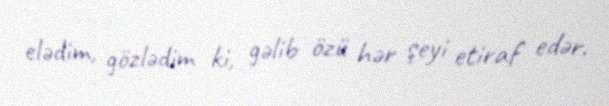
elədim, gözlədim ki, gəlib özü hər şeyi etiraf edər.